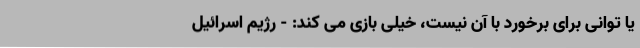
یا توانی برای برخورد با آن نیست، خیلی بازی می کند: - رژیم اسرائیل